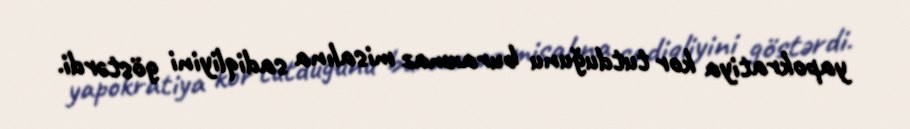
yapokratiya kor tutduğunu buraxmaz misalına sadiqliyini göstərdi.